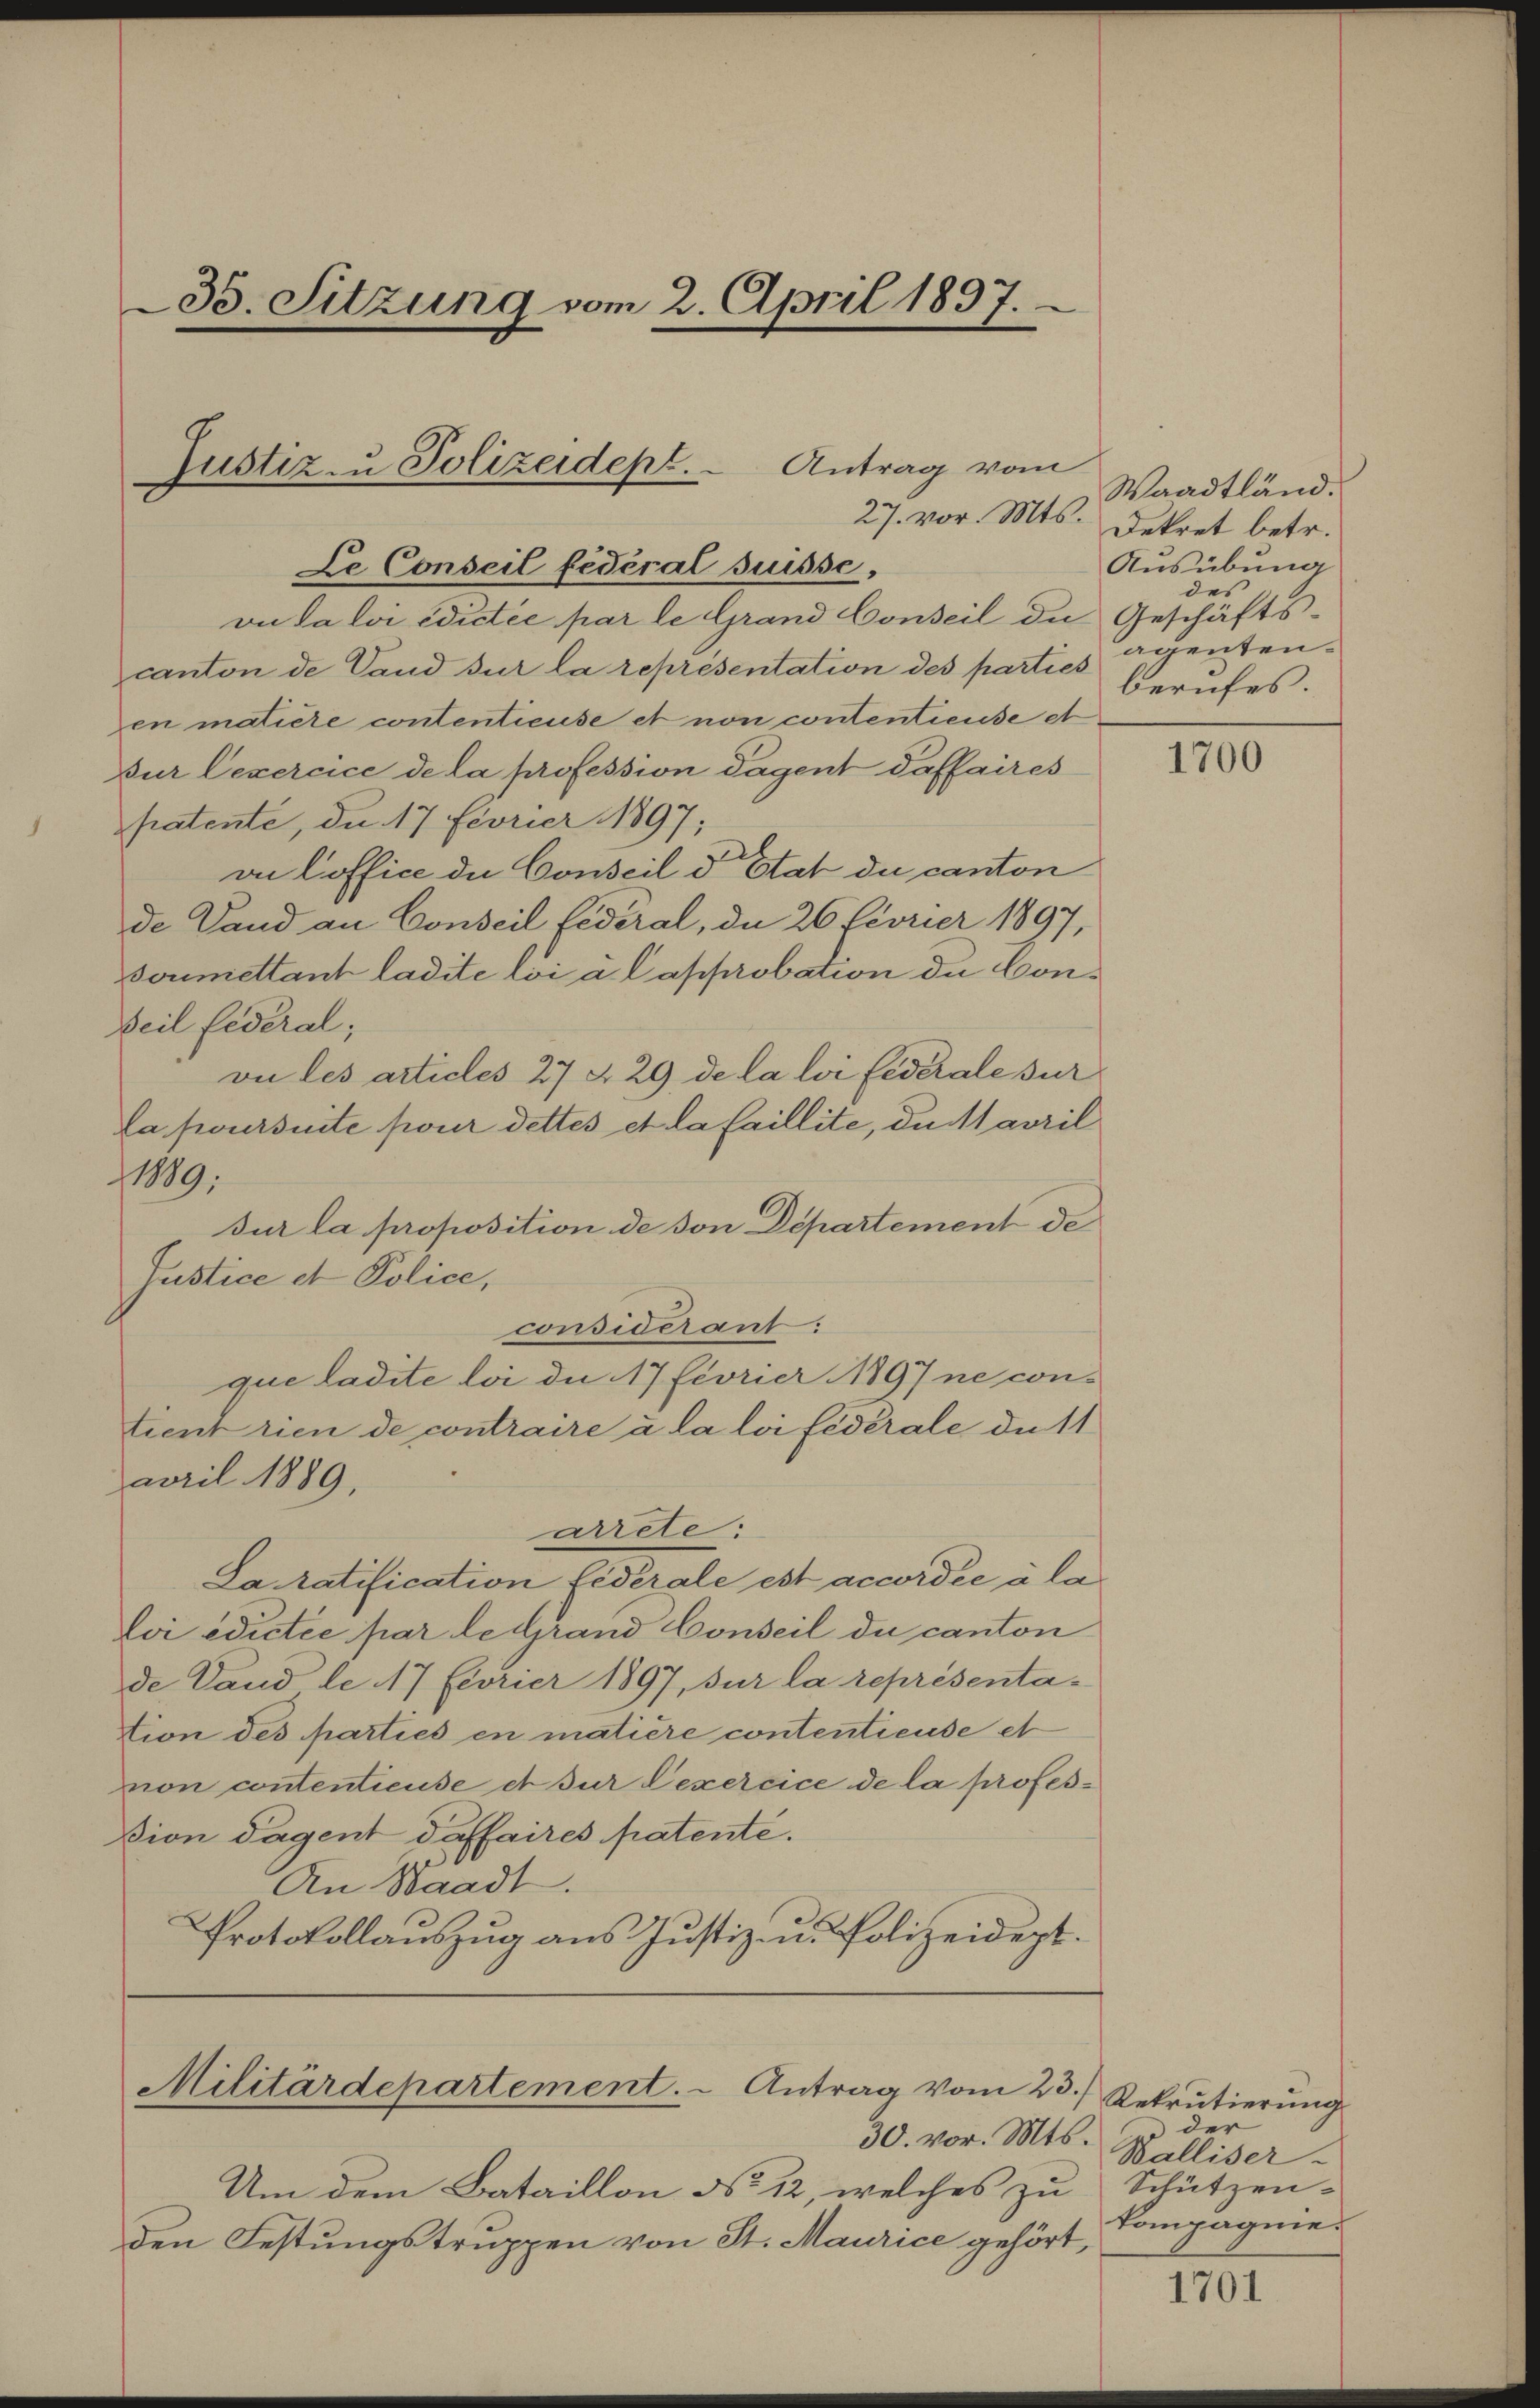
27. vor. Mts.
Le Conseil fédéral Suisse,
vo da loi edictée par le Grand Conseil de Geschäfts-
canton de Land sur la representation des parties egentenen matière contentieuse et non contentieuse et
Dur Cexercice de la profession dagent daffaires
patente, da 17 Fevrier 1897;
vn loffice de Conseil d’Etat du canton
de Land an Conseil fédéral, da 26 Fevrier 1897,
soumettant ladite loi a l approbation de Con¬
Beil fédéral;
vu les articles 27 § 29 de la loi fédérale sur
La poursinte pour dettes et la faillite, du avril
1889.
sur la proposition de von Departement de
Justice et Police,
considerant:
que ladite loi de 17 fivrier 1897 ne con-
tient rien de contraire à la loi fédérale du
april 1889,
arrete:
Saratification, Federale est accordée à la
Loi edictée par le Grand Conseil du canton
de Land le 17 Fevrier 1897, sur la représentation des parties en matière contentieuse et
non contentieuse et sur Lexercice de la profesßion dagent daffaires patente.
An Waadt.
Protokollauszug aus Justiz- u. Polizeidept.

35. Sitzung vom 2. April 1897.

Justiz- u Polizeidept.  Antrag vom

Militärdepartement. Antrag vom 23. Rekrutierŭng
30. vor. Mts.

Um dem Bataillon No 12, welches zu Schützen-
den Festungstruppen von St. Maurice gehört,

Waadtländ.
Dekret betr.
Ausübung
des
berufes.

1700

der
Balliser-
kompagnie

1701